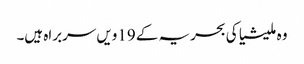
وہ ملیشیا کی بحریہ کے 19ویں سربراہ ہیں۔